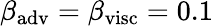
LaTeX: \beta_{\mathrm{adv}}=\beta_{\mathrm{visc}}=0.1